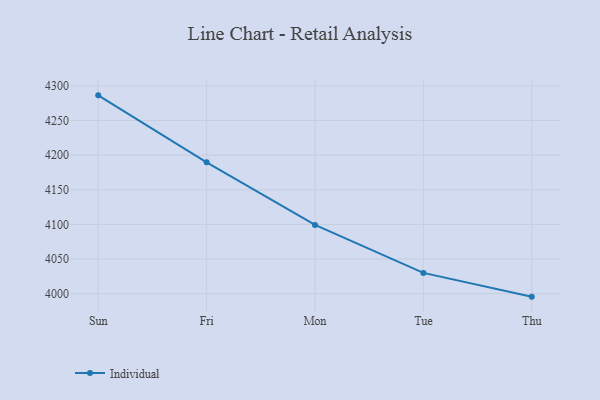
{"axis": {"x": "Day", "y": "Energy Usage (MWh)"}, "legend": ["Individual"], "data": [{"x": "Sun", "y": 4286.3, "type": "Individual"}, {"x": "Fri", "y": 4189.7, "type": "Individual"}, {"x": "Mon", "y": 4099.3, "type": "Individual"}, {"x": "Tue", "y": 4030.0, "type": "Individual"}, {"x": "Thu", "y": 3995.7, "type": "Individual"}]}